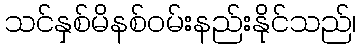
သင်နှစ်မိနစ်ဝမ်းနည်းနိုင်သည်၊